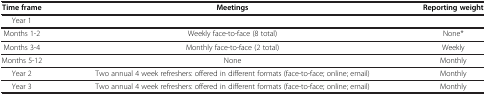
<table><thead><tr><td><b>Time frame</b></td><td><b>Meetings</b></td><td><b>Reporting weight</b></td></tr></thead><tbody><tr><td>Year 1</td><td> </td><td> </td></tr><tr><td>Months 1-2</td><td>Weekly face-to-face (8 total)</td><td>None*</td></tr><tr><td>Months 3-4</td><td>Monthly face-to-face (2 total)</td><td>Weekly</td></tr><tr><td>Months 5-12</td><td>None</td><td>Monthly</td></tr><tr><td>Year 2</td><td>Two annual 4 week refreshers: offered in different formats (face-to-face; online; email)</td><td>Monthly</td></tr><tr><td>Year 3</td><td>Two annual 4 week refreshers: offered in different formats (face-to-face; online; email)</td><td>Monthly</td></tr></tbody></table>